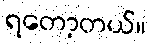
ရတော့တယ်။